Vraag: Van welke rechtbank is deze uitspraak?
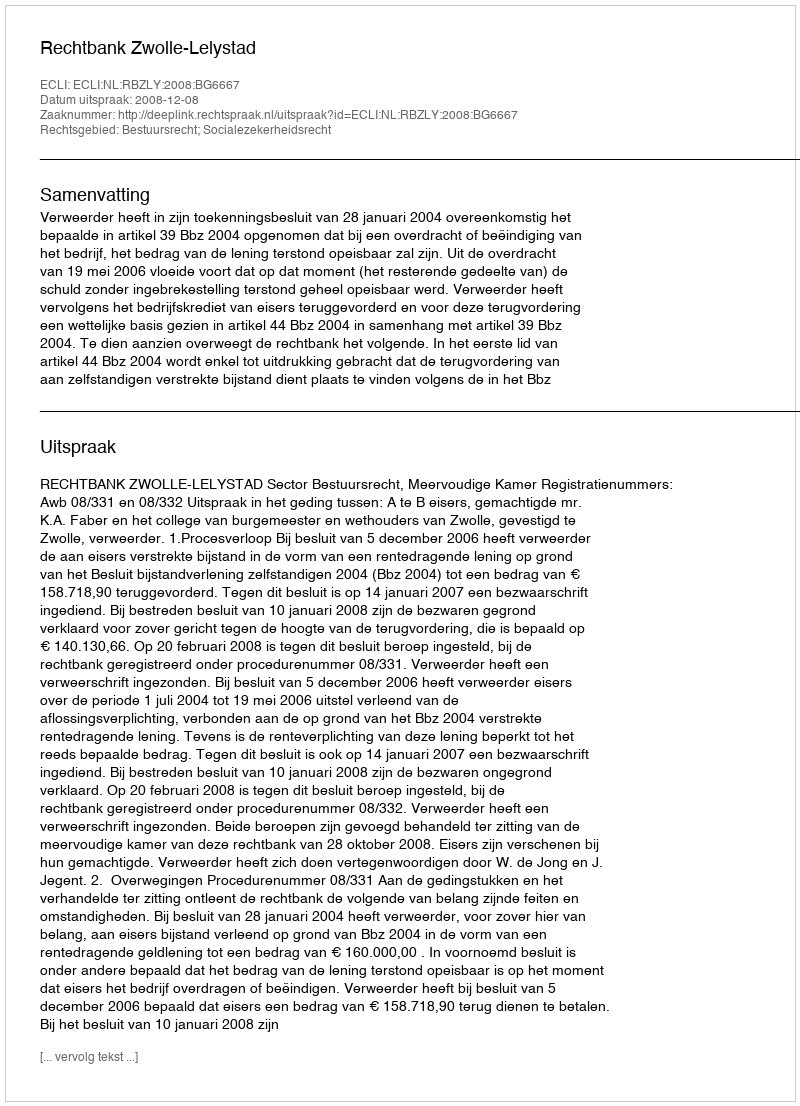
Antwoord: Rechtbank Zwolle-Lelystad